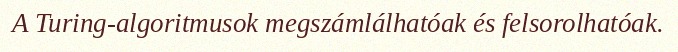
A Turing-algoritmusok megszámlálhatóak és felsorolhatóak.